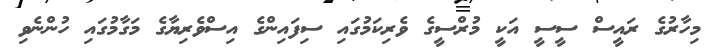
މިހާރުގެ ރައީސް ސީސީ އަކީ މުރްސީގެ ވެރިކަމުގައި ސިފައިންގެ އިސްވެރިޔާގެ މަގާމުގައި ހުންނެވި